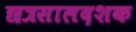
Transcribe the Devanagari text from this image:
छत्रसालदशक